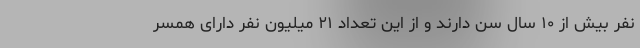
نفر بیش از ۱۰ سال سن دارند و از این تعداد ۲۱ میلیون نفر دارای همسر